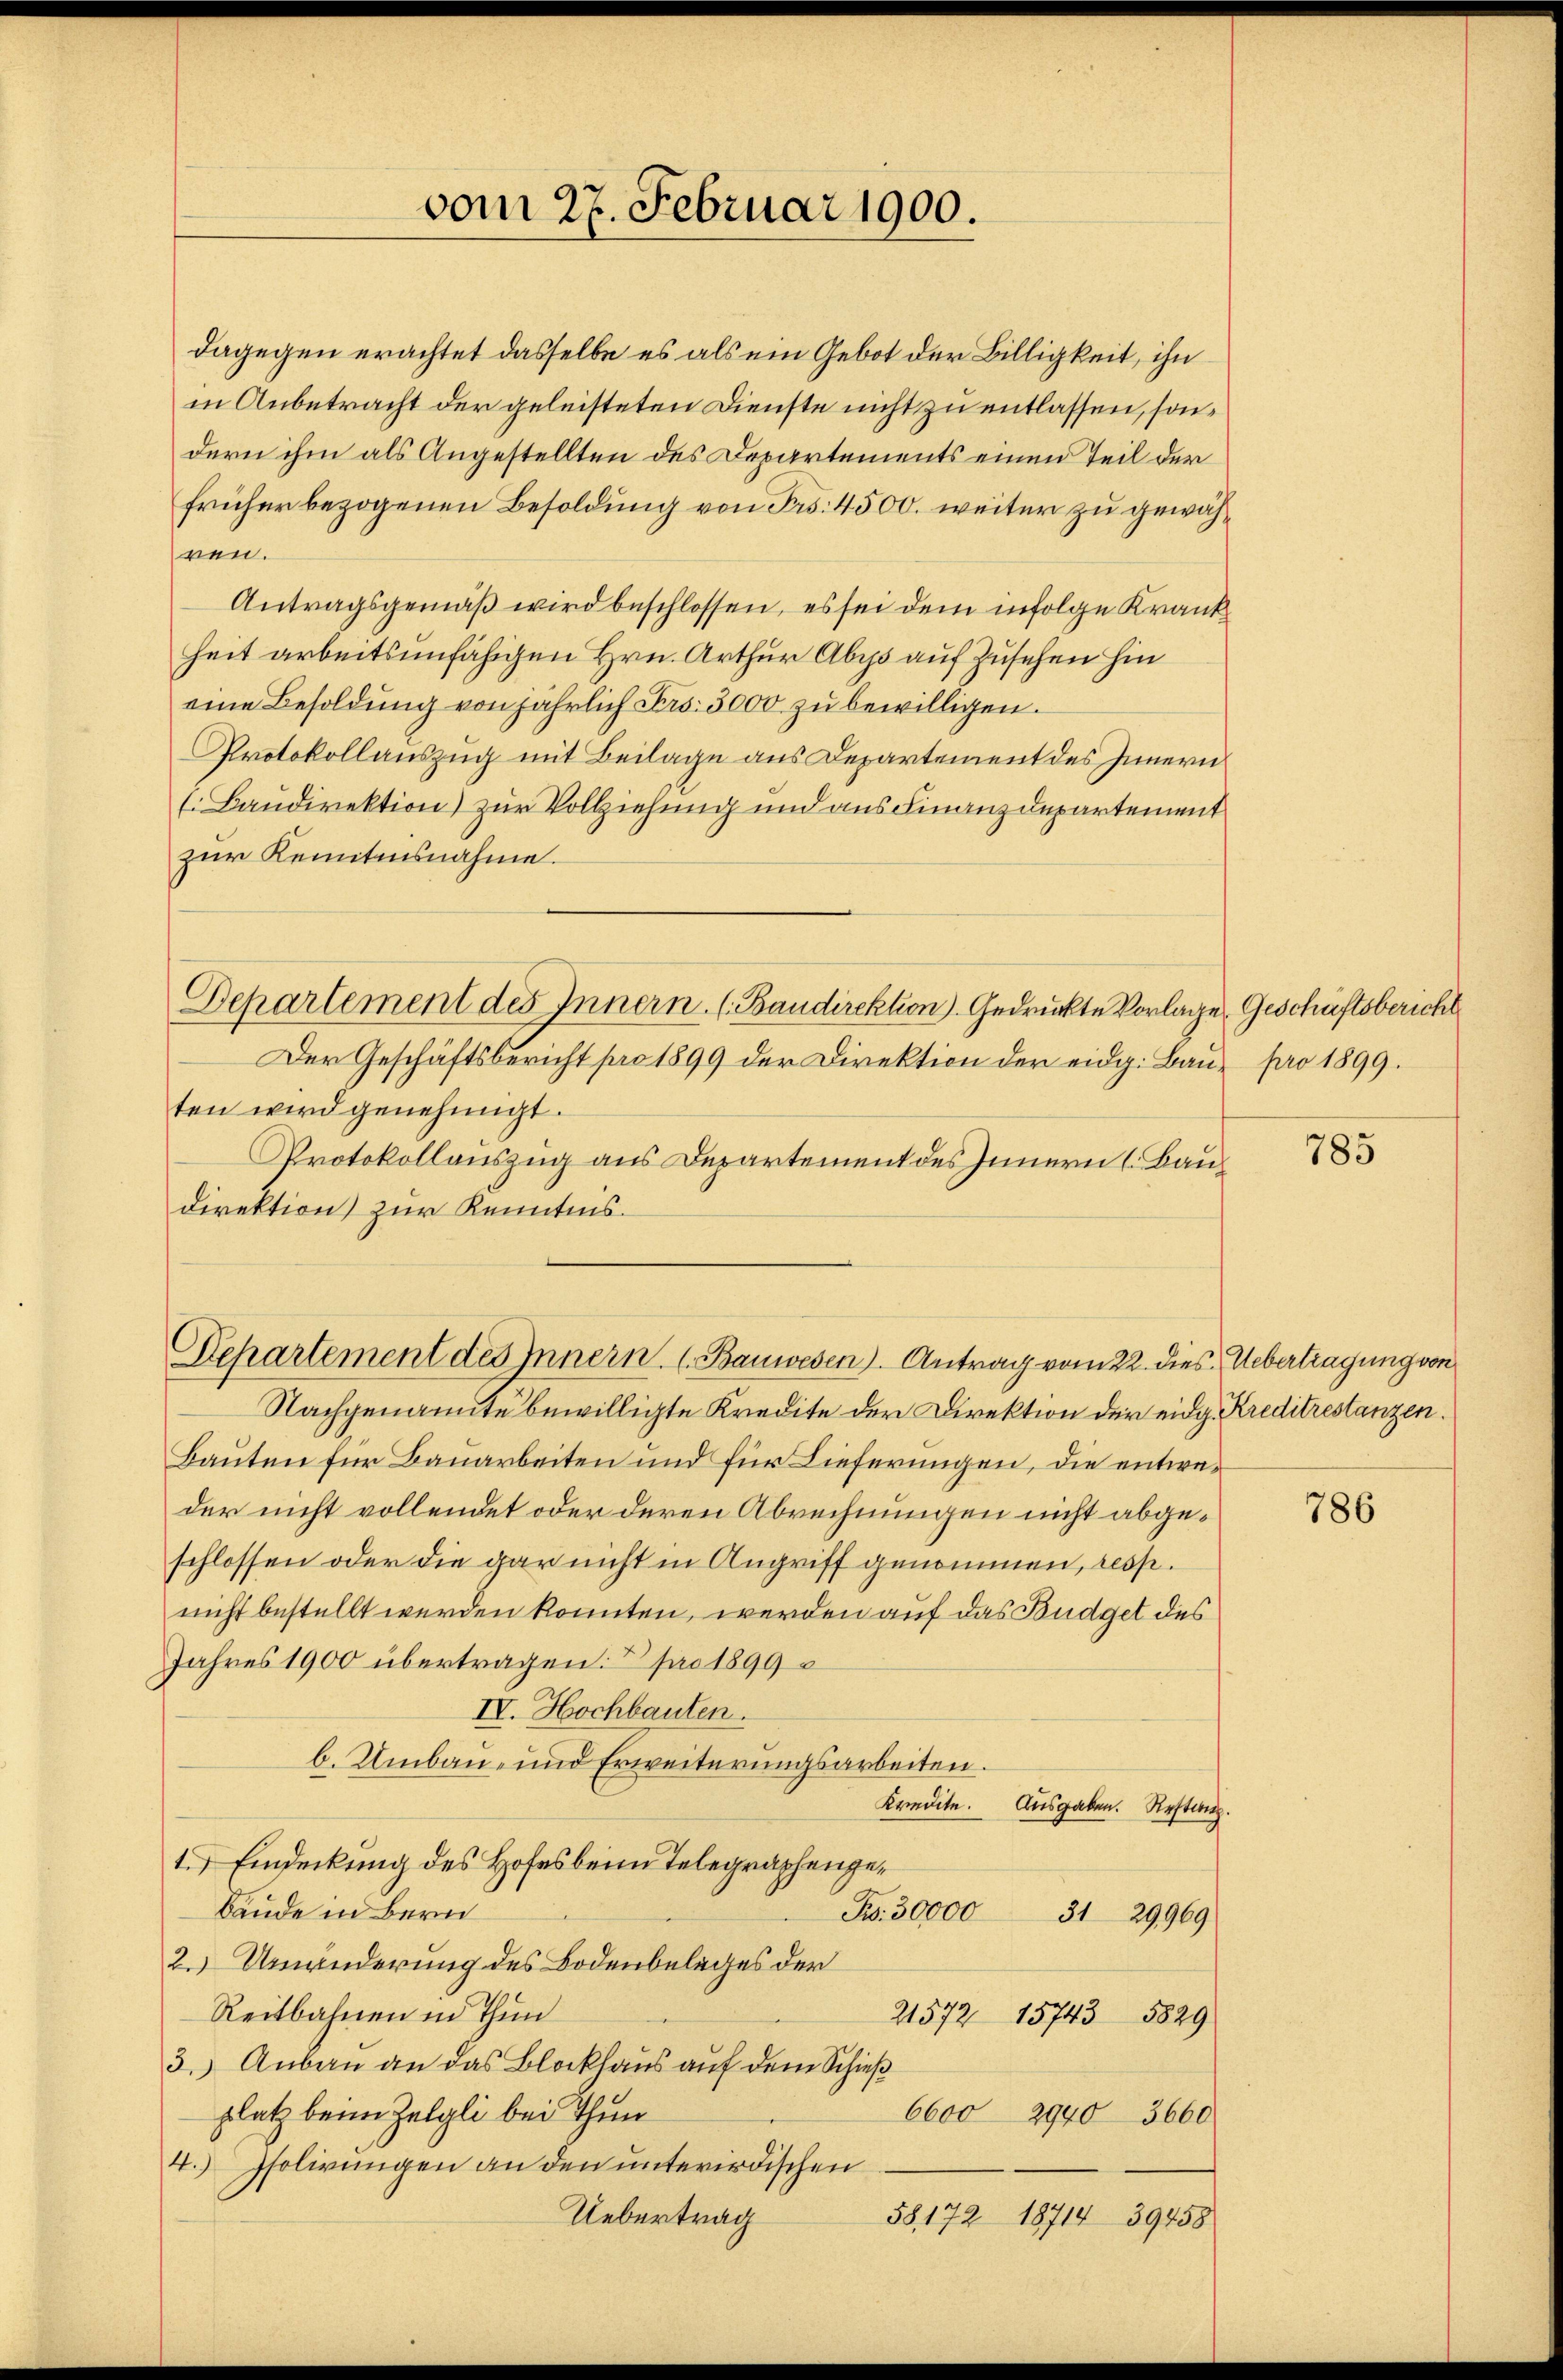
vom 27. Februar 1900.

dagegen erachtet dasselbe es als ein Gebot der Billigkeit, ihn
in Anbetracht der geleisteten Dienste nicht zu entlassen, sondern ihm als Angestellten des Departements einen Teil der
früher bezogenen Besoldung von Frs. 4500. weiter zu gewähren.
Antragsgemäß wird beschlossen, es sei dem infolge Krankheit arbeitsunfähigen Hrn. Arthur Abis auf Zusehen hin
eine Besoldung von jährlich Frs. 3000 zu bewilligen.
Protokollauszug mit Beilage aus Departement des Innern
(Baudirektion) zur Vollziehung und aus Finanzdepartement
zur Kenntnisnahme.
Departement des Innern. (Baudirektion). Gedrückte Vorlage Geschäftsbericht
Der Geschäftsbericht pro 1899 der Direktion der eidg. Bau- pro 1899.
ten wird genehmigt.
Protokollauszug aus Departement des Innern (Bau¬
Direktion zur Kenntnis.

Departement des Innern. (Bauwesen). Antrag vom 22. dies Uebertragung von

Nachgenannte bewilligte Kredite der Direktion der eidg. Kreditrestanzen.
Bauten für Bauarbeiten und für Lieferungen, die entweder nicht vollendet oder deren Abrechnungen nicht abgeschlossen oder die gar nicht in Angriff genommen, resp.
nicht bestellt werden konnten, werden auf das Budget des
Jahres 1900 übertragen. I pro 1899
IV. Hochbauten.
b. Umbau- und Erweiterungsarbeiten.
Kredite. Ausgaben. Restanz.
1.) Eindeckung des Hofes beim Telegraphenge¬
Bäude in Bern
No. 30,000
3129969
2. Umänderung des Bodenbeleges der
Reitbahnen in Thun
21572 15743 5829
3.) Anbau an das Blockhaus auf dem Schieß
platz beim Zelgli bei Thun
6600 29403660
4.) Isolirungen an den unterirdischen.
Uebertrag
58172 18714 39458

785

786